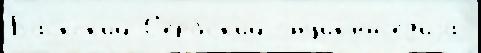
Ба́скск'ий С'е́рбск'ий энциклоп'е́д'иjа